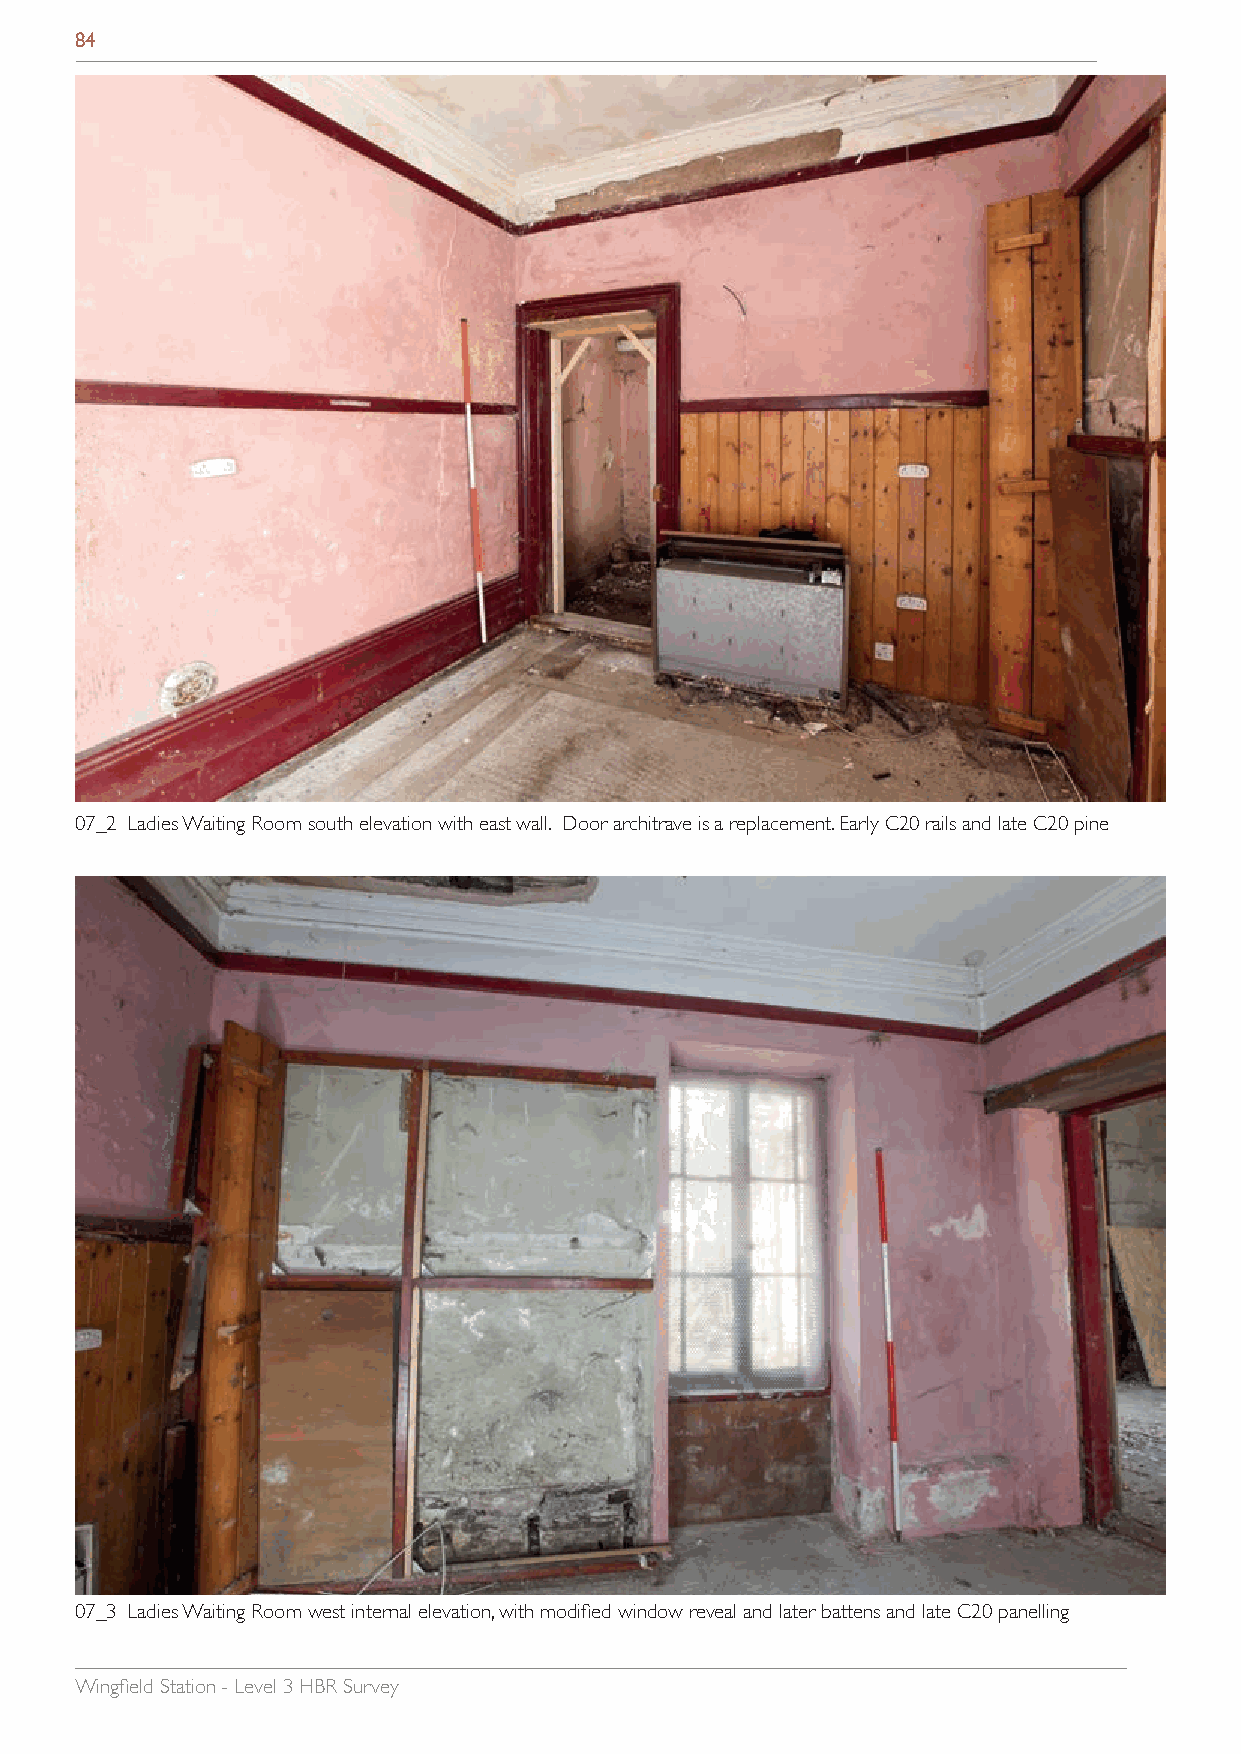
84
 07_2 Ladies Waiting Room south elevation with east wall. Door architrave is a replacement. Early C20 rails and late C20 pine
 07_3 Ladies Waiting Room west internal elevation, with modified window reveal and later battens and late C20 panelling
 Wingfield Station - Level 3 HBR Survey